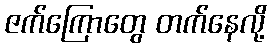
ဇက်ကြောတွေ တက်နေလို့